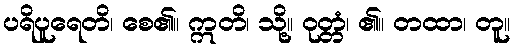
ပရိပူရေတိ၊ စေ၏။ ဣတိ၊ သို့။ ဝုတ္တံ၊ ၏။ တထာ၊ တူ။